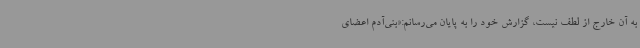
به آن خارج از لطف نیست، گزارش خود را به پایان می‌رسانم:«بنی‌آدم اعضای